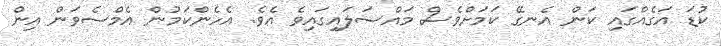
ކުޑަ އަގެއްގައި ކަން އެނގޭ ކަމަށްވެސް މައްސަލައިގައިވެ އެވެ. އެހެންކަމުން އެމްސެވަން އިން